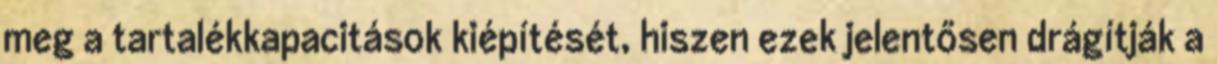
meg a tartalékkapacitások kiépítését, hiszen ezek jelentősen drágítják a